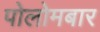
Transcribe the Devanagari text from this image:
पोलोमबार